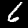
Digit: 6